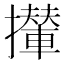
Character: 攆